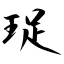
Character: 珿